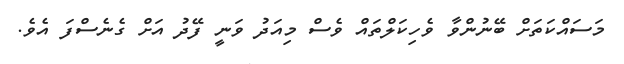
މަސައްކަތަށް ބޭނުންވާ ވެހިކަލްތައް ވެސް މިއަދު ވަނީ ފޭދު އަށް ގެނެސްފަ އެވެ.